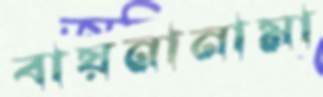
বায়নানামা